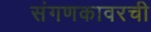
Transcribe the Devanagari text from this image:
संगणकावरची